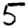
Digit: 5